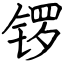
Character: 锣